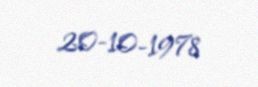
20-10-1978